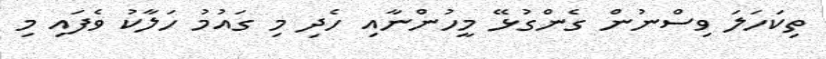
ތިކަހަލަ ވިސްނުން ގެންގުޅޭ މީހުންނާއި ހެދި މި ގައުމު ހަލާކު ވެފައި މި